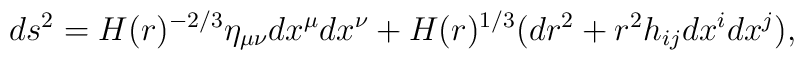
ds^2 = H(r)^{-2/3} \eta_{\mu\nu} dx^\mu dx^\nu + H(r)^{1/3} (dr^2 + r^2 h_{ij}dx^i dx^j),